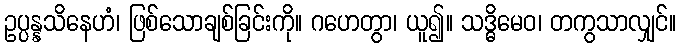
ဥပ္ပန္နသိနေဟံ၊ ဖြစ်သောချစ်ခြင်းကို။ ဂဟေတွာ၊ ယူ၍။ သဒ္ဓိမေဝ၊ တကွသာလျှင်။